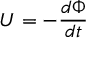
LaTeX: U = - { \frac { d \Phi } { d t } }